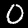
Label: 0